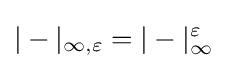
|-|_{\infty ,\varepsilon }=|-|_{\infty }^{\varepsilon }